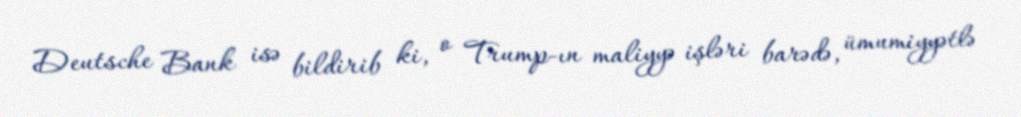
Deutsche Bank isə bildirib ki, o Trump-ın maliyyə işləri barədə, ümumiyyətlə